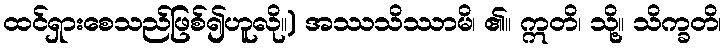
ထင်ရှားစေသည်ဖြစ်၍ဟူလို။) အဿသိဿာမိ၊ ၏။ ဣတိ၊ သို့။ သိက္ခတိ၊